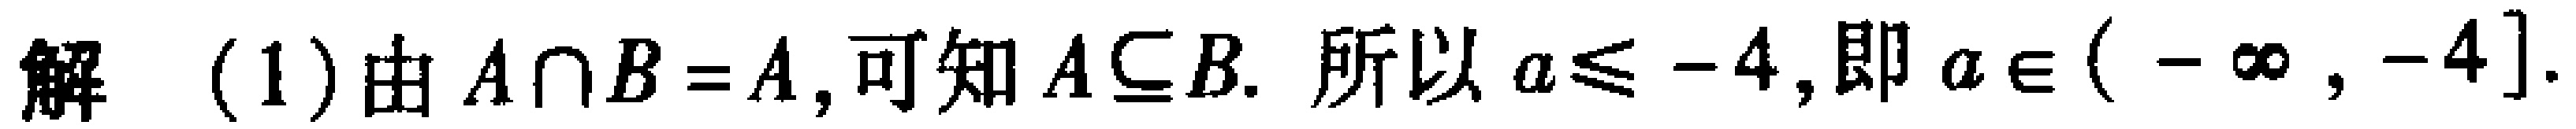
解 (1) 由 \(A\cap B = A\), 可知 \(A\subseteq B\). 所以 \(a\leq -4\),即 \(a\in (-\infty, -4]\).